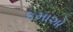
કમાશો